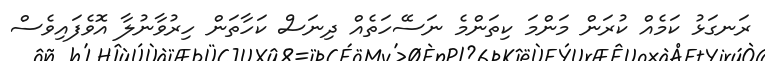
ރަނގަޅު ކަމެއް ކުރަން މަންމަ ކިތަންމެ ނަސޭހަތެއް ދިނަސް ކަހާތަން ހިރުވާނުލާ އޮވެފައިވެސް